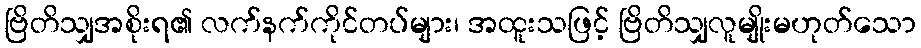
ဗြိတိသျှအစိုးရ၏ လက်နက်ကိုင်တပ်များ၊ အထူးသဖြင့် ဗြိတိသျှလူမျိုးမဟုတ်သော